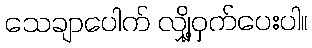
သေချာပေါက် လျှို့ဝှက်ပေးပါ။